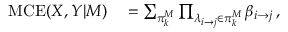
\begin{array} { r l } { \mathrm { M C E } ( X , Y | M ) } & { { } = \sum _ { \pi _ { k } ^ { M } } \prod _ { \lambda _ { i \to j } \in \pi _ { k } ^ { M } } \beta _ { i { \to } j } \, , } \end{array}